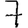
Digit: 7